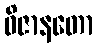
ဝိဇာနတော